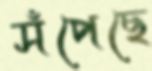
সঁপেছে